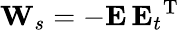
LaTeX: {\mathbf W}_{s}=-{\mathbf E}\, {{\mathbf E}_{t}}^{{\mathrm T}}